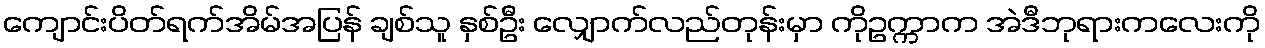
ကျောင်းပိတ်ရက်အိမ်အပြန် ချစ်သူ နှစ်ဦး လျှောက်လည်တုန်းမှာ ကိုဥက္ကာက အဲဒီဘုရားကလေးကို